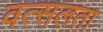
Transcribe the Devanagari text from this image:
वत्सलता